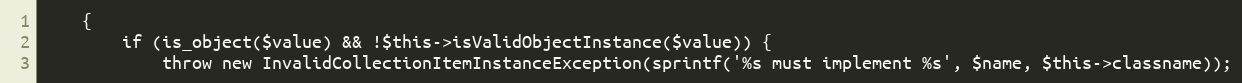
Language: PHP
    {
        if (is_object($value) && !$this->isValidObjectInstance($value)) {
            throw new InvalidCollectionItemInstanceException(sprintf('%s must implement %s', $name, $this->classname));